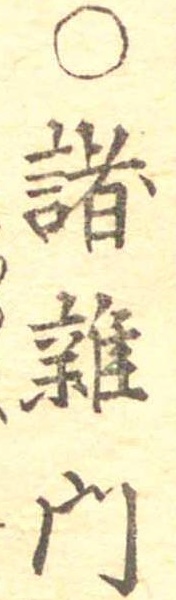
○諸雑門